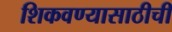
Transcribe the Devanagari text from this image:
शिकवण्यासाठीची